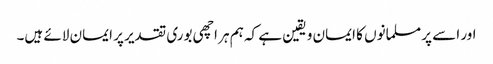
اور اسے پر مسلمانوں کا ایمان و یقین ہے کہ ہم ہر اچھی بوری تقدیر پر ایمان لائے ہیں۔